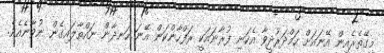
މިގޭތެރެއިން އޭނައަށް ހަމްދަރުދީވާ އެކަނި ފުރާނައަކީ ރަފްހާންކަން އޭނަ ހަނދާން ނައްތާލައިގެން ނުވާނެއެވެ.